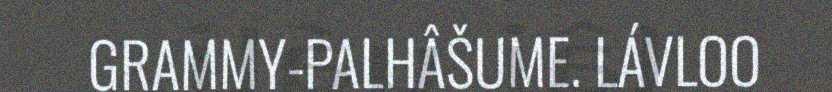
GRAMMY-PALHÂŠUME. LÁVLOO